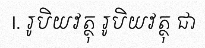
I. រូបិយវត្ថុ រូបិយវត្ថុ ជា